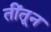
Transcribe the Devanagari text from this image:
तींतून